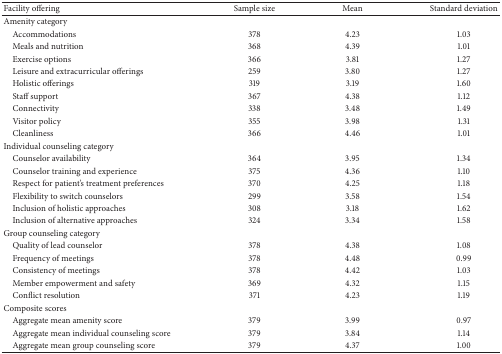
| Facility offering | Sample size | Mean | Standard deviation |
 | --- | --- | --- | --- |
 | Amenity category |  |  |  |
 | Accommodations | 378 | 4.23 | 1.03 |
 | Meals and nutrition | 368 | 4.39 | 1.01 |
 | Exercise options | 366 | 3.81 | 1.27 |
 | Leisure and extracurricular offerings | 259 | 3.80 | 1.27 |
 | Holistic offerings | 319 | 3.19 | 1.60 |
 | Staff support | 367 | 4.38 | 1.12 |
 | Connectivity | 338 | 3.48 | 1.49 |
 | Visitor policy | 355 | 3.98 | 1.31 |
 | Cleanliness | 366 | 4.46 | 1.01 |
 | Individual counseling category |  |  |  |
 | Counselor availability | 364 | 3.95 | 1.34 |
 | Counselor training and experience | 375 | 4.36 | 1.10 |
 | Respect for patient's treatment preferences | 370 | 4.25 | 1.18 |
 | Flexibility to switch counselors | 299 | 3.58 | 1.54 |
 | Inclusion of holistic approaches | 308 | 3.18 | 1.62 |
 | Inclusion of alternative approaches | 324 | 3.34 | 1.58 |
 | Group counseling category |  |  |  |
 | Quality of lead counselor | 378 | 4.38 | 1.08 |
 | Frequency of meetings | 378 | 4.48 | 0.99 |
 | Consistency of meetings | 378 | 4.42 | 1.03 |
 | Member empowerment and safety | 369 | 4.32 | 1.15 |
 | Conflict resolution | 371 | 4.23 | 1.19 |
 | Composite scores |  |  |  |
 | Aggregate mean amenity score | 379 | 3.99 | 0.97 |
 | Aggregate mean individual counseling score | 379 | 3.84 | 1.14 |
 | Aggregate mean group counseling score | 379 | 4.37 | 1.00 |